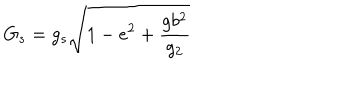
G _ { s } = g _ { s } \sqrt { 1 - e ^ { 2 } + \frac { g b ^ { 2 } } { g _ { 2 } } }